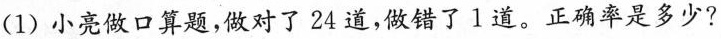
(1)小亮做口算题，做对了24道，做错了1道。正确率是多少?